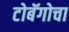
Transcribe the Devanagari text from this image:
टोबॅगोचा